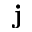
\textbf { j }